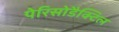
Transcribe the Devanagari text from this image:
पेरिसोडैक्टिल